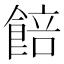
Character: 餢